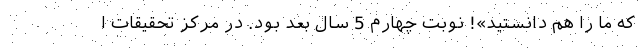
که ما را هم دانستید»! نوبت چهارم 5 سال بعد بود. در مرکز تحقیقات ا